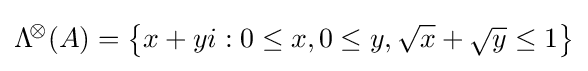
\mathrm {\Lambda } ^{\!\otimes }\!\left({A}\right)=\left\{x+yi:0\leq x,0\leq y,{\sqrt {x}}+{\sqrt {y}}\leq 1\right\}